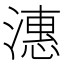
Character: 潓